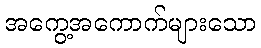
အကွေ့အကောက်များသော